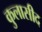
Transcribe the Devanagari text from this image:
कुलासीद